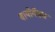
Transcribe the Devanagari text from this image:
बायोगॅसच